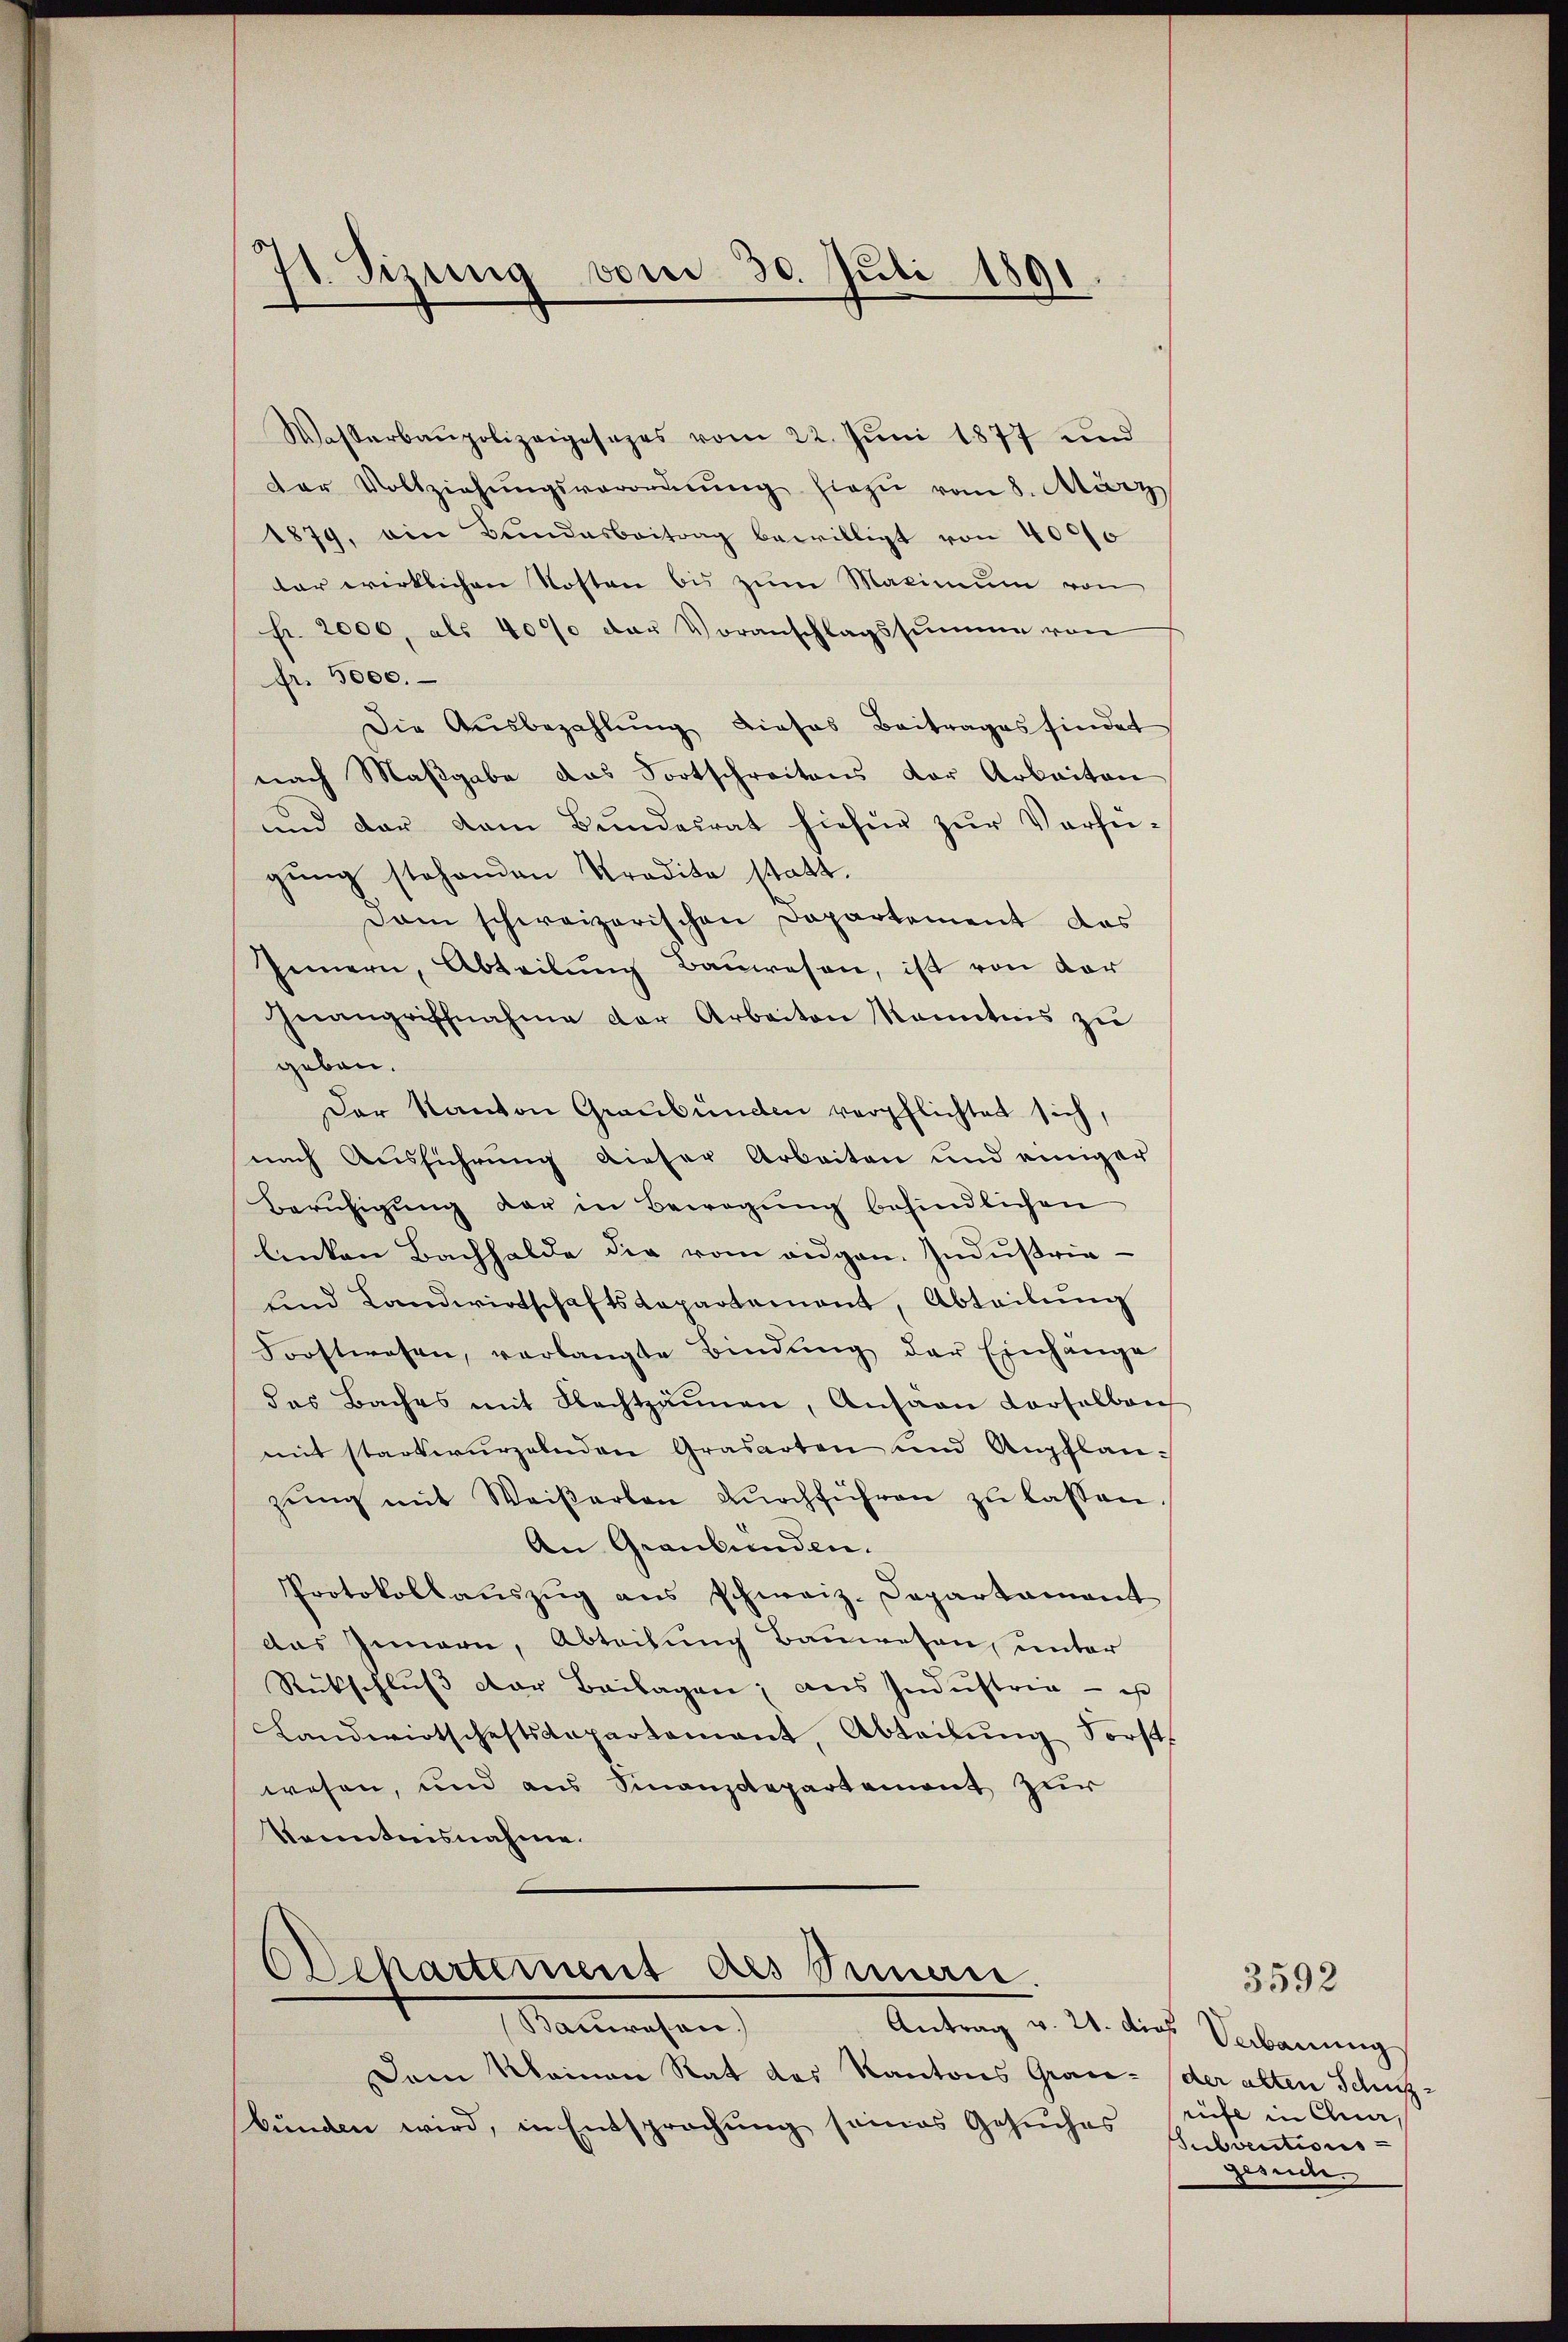
71. Sizung vom 30. Juli 1891

Wasserbaupolizeiposapas vom 22. Juni 1877 und
der Vollziehŭngsverordnŭng hiezu vom 8. März
1879, ein Bundesbeitrag bewilligt von 4000
tar wirklichen Kosten bis zum Maximum von
Fr. 2000, als 4000 der Voranschlagssumme von
fr. 5000.
Die Aŭsbezahlŭng dieses Beitrages findet
nach Maßgabe das Fortschreitens der Arbeiten
und der vom Bŭndesrat hiefür zŭr Verheigung stehenden Tradita statt.
Dam schweizerischen Departement des
Innern, Abteilŭng Bauwesen, ist von der
Inangriffnahme der Arbeiten kanntnis zŭ
geben.
Der Kanton Graubünden verpflichtet sich,
nach Ausführung dieser Arbeiten und einiger
Berŭfigŭng der in Bewegung befindlichen
linken Bachhalde die vom augen. Industrie-
sind Landwirtschaftsdepartement, Abteilŭng
Forstwesen, verlangte Bindŭng der Einhänge
das Baches mit Flechtzäunen, Ansäen Vorselben
mit starkwurzelnden Grasarten und Anpflanzung mit Weißerten durchführen zu lassen
An Graubünden.
Protokollaŭszŭg ans schweiz. Departament
das Innern, Abteilung Bauwesen, unter
Rückschluß der Beilagen; aus Industria - is
Landwirtschaftsdepartement, Abteilŭng Forst
wesen, und aus Finanzdepartement zur
konntnisnahme.

OSchartement des Siman.

Nanmachen
Dem Kleinen Rat des Kantons Gracbünden wird, in Entsprechung seines Gesŭches

3592
Antrag v. 21. dies Verbauung
der alten Schußrife in Chur,
Subventions-
Zesude.